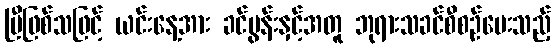
ပြီဖြစ်သဖြင့် ယင်းနေ့အား ခင်ပွန်းနှင့်အတူ ဘုရားသခင်စီစဉ်ပေးသည့်